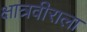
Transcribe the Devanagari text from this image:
क्षात्रवीराला